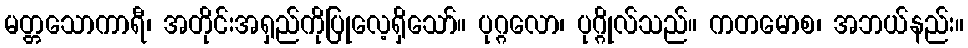
မတ္တသောကာရီ၊ အတိုင်းအရှည်ကိုပြုလေ့ရှိသော်။ ပုဂ္ဂလော၊ ပုဂ္ဂိုလ်သည်။ ကတမောစ၊ အဘယ်နည်း။